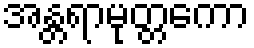
အန္တရာမုတ္တကော